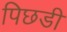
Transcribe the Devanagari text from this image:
पिछडी